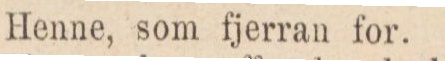
Henne, som fjerran for.